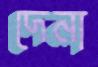
দেনা